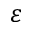
\varepsilon